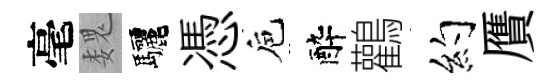
毫魏驅憑巵醉鸛约贋